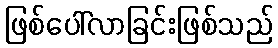
ဖြစ်ပေါ်လာခြင်းဖြစ်သည်